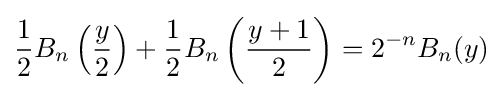
{\frac {1}{2}}B_{n}\left({\frac {y}{2}}\right)+{\frac {1}{2}}B_{n}\left({\frac {y+1}{2}}\right)=2^{-n}B_{n}(y)